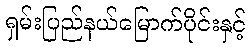
ရှမ်းပြည်နယ်မြောက်ပိုင်းနှင့်